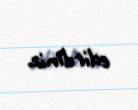
edirdiniz.